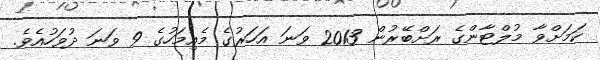
ކަމަށްވާ މުލްޓާންގެ ރަށްބޭރުން 2013 ވަނަ އަހަރުގެ މެއިމަހުގެ 9 ވަނަ ދުވަހުއެވެ.